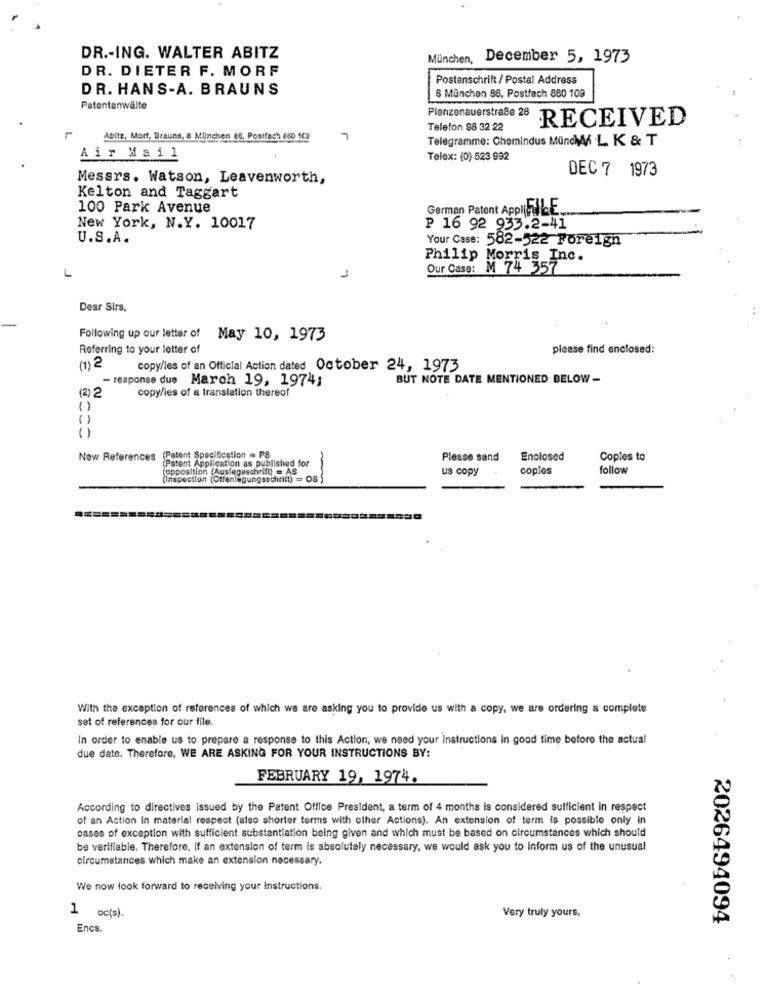
DR .- ING. WALTER ABITZ
München,
December 5, 1973
DR. DIETER F. MORF
Postanschrift / Postal Address
DR. HANS-A. BRAUNS
8 München 86, Postfach 880 109
Patentanwälte
Plenzenauerstraße 28
RECEIVED
Telefon 98 32 22
Abitz, Morf, Brauns, a München 66, Postfach 560 108
7
Telegramme: Chemindus MündW L K & T
Air Mail
Telex: (0) 523 992
DEC 7 1973
Messrs. Watson, Leavenworth,
Kelton and Taggart
100 Park Avenue
German Patent AppI(ELLE
New York, N.Y. 10017
P 16 92 933.2-41
U.S.A.
Your Case: 582-522 Foreign
Philip Morris Inc.
L
Our Caso: M 74 357
1
Dear Sirs,
Following up our letter of May 10, 1973
Referring to your letter of
please find enclosed:
(1)2
copy/les of an Official Action dated October 24, 1973
- response due March 19, 1974;
BUT NOTE DATE MENTIONED BELOW -
(2) 2
copy/les of a translation thereof
Now References (Patent Specification = PS
(Patent Application as published for
Please send
Enclosed
Coples to
opposition (Auslegeschrift) = AS
us copy
copies
follow
(Inspection (Offenlegungsschrift) = OS )
With the exception of references of which we are asking you to provide us with a copy, we are ordering a complete
set of references for our file.
In order to enable us to prepare a response to this Action, we need your Instructions In good time before the actual
due date. Therefore, WE ARE ASKING FOR YOUR INSTRUCTIONS BY:
FEBRUARY 19, 1974.
According to directives issued by the Patent Office President, a term of 4 months is considered sufficient in respect
of an Action In material respect (also shorter terms with other Actions). An extension of term Is possible only in
cases of exception with sufficient substantiation being given and which must be based on circumstances which should
be verifiable. Therefore, if an extension of term is absolutely necessary, we would ask you to inform us of the unusual
circumstances which make an extension necessary.
We now look forward to receiving your instructions.
1 oc(s).
Very truly yours,
2026494094
Encs.